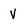
Character: V